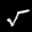
Label: 5